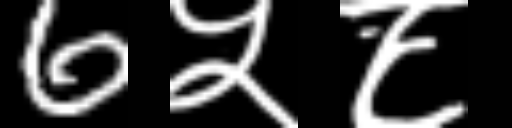
Text: 6५८